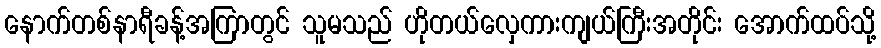
နောက်တစ်နာရီခန့်အကြာတွင် သူမသည် ဟိုတယ်လှေကားကျယ်ကြီးအတိုင်း အောက်ထပ်သို့